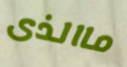
ماالذى